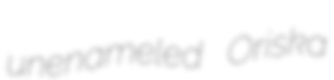
unenameled Oriska